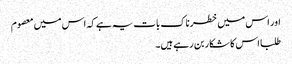
اور اس میں خطرناک بات یہ ہے کہ اس میں معصوم
طلبا اس کا شکار بن رہے ہیں۔